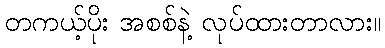
တကယ့်ပိုး အစစ်နဲ့ လုပ်ထားတာလား။